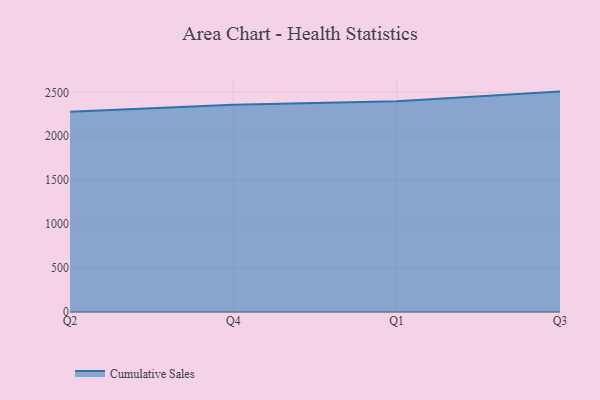
{"axis": {"x": "Quarter", "y": "Conversion Rate (%)"}, "legend": ["Cumulative Sales"], "data": [{"x": "Q2", "y": 2278.5, "type": "Cumulative Sales"}, {"x": "Q4", "y": 2359.1, "type": "Cumulative Sales"}, {"x": "Q1", "y": 2399.3, "type": "Cumulative Sales"}, {"x": "Q3", "y": 2508.1, "type": "Cumulative Sales"}]}